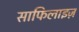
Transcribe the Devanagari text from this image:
साफिलाइज़